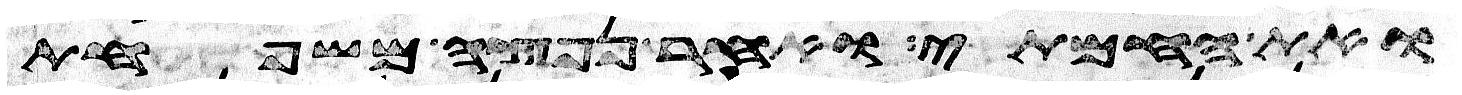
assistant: ואת החמתי ואחר נפצה משפחת